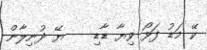
ކޭ މަޑު ފަޅޯ ވިޔާ ޑާޑި    ޔޭ ދުނިލާން